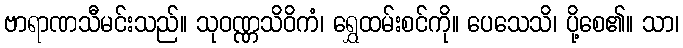
ဗာရာဏသီမင်းသည်။ သုဝဏ္ဏသိဝိကံ၊ ရွှေထမ်းစင်ကို။ ပေသေသိ၊ ပို့စေ၏။ သာ၊